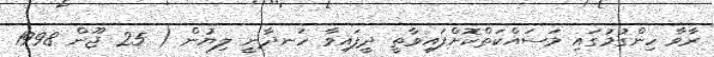
ރާވާ ހިންގުމުގައި މަސައްކަތްކޮށްފައިވާތީ ދީފައިވާ ހަނދާނީ ލިޔުން ( 25 ޖޫން 1998